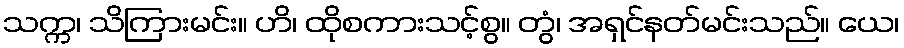
သက္က၊ သိကြားမင်း။ ဟိ၊ ထိုစကားသင့်စွ။ တွံ၊ အရှင်နတ်မင်းသည်။ ယေ၊